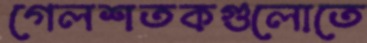
গেলশতকগুলোতে